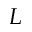
L